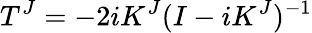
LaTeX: T^{J}=-2iK^{J}(I-iK^{J})^{-1}